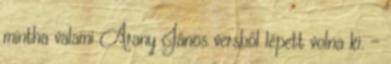
mintha valami Arany János versből lépett volna ki. -